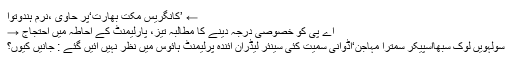
← ’کانگریس مکت بھارت‘پر حاوی ،نرم ہندوتوا
اے پی کو خصوصی درجہ دینے کا مطالبہ تیز، پارلیمنٹ کے احاطہ میں احتجاج →
سولہویں لوک سبھااسپیکر سمترا مہاجن‘اڈوانی سمیت کئی سینئر لیڈران آئندہ پرلیمنٹ ہائوس میں نظر نہیں آئیں گئے : جانیں کیوں؟